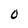
Character: O